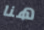
هنا